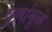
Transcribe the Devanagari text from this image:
चूर्णामुळे